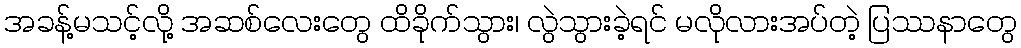
အခန့်မသင့်လို့ အဆစ်လေးတွေ ထိခိုက်သွား၊ လွဲသွားခဲ့ရင် မလိုလားအပ်တဲ့ ပြဿနာတွေ